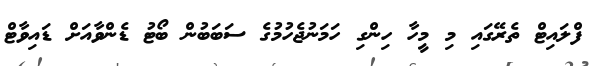
ފްލައިޓް ތެރޭގައި މި މީހާ ހިންގި ހަމަނުޖެހުމުގެ ސަބަބުން ބޯޓު ޑެންވާއަށް ޑައިވާޓް